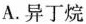
A.异丁烷